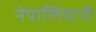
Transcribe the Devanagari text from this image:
नेपालियानी